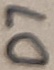
Text: D7